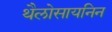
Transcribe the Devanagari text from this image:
थैलोसायनिन